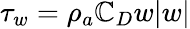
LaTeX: \tau_{w}=\rho_{a}\mathbb{C}_{D}w|w|